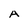
Character: A